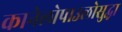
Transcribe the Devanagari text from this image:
कानेलोपाउलोसुद्धा